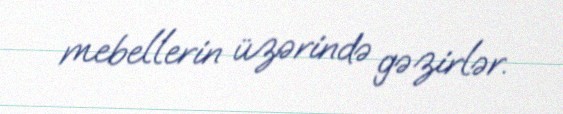
mebellerin üzərində gəzirlər.